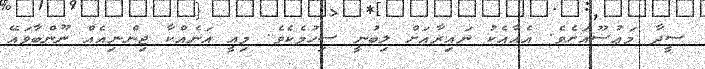
ސީދާ މަޢުޟޫއަށެވެ. އެއާއެކު ނައިރާއަށް ލިބުނީ ސިހުމެކެވެ. މިއީ އަނެއްކާ ޖިންނިއެއް ނޫންބާވައޭ